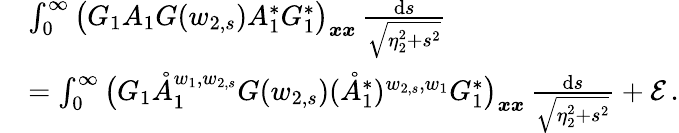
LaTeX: \begin{array}{rl}&{\int_{0}^{\infty}\big(G_{1}A_{1}G(w_{2,s})A_{1}^{*}G_{1}^{*}\big)_{\boldsymbol{x}\boldsymbol{x}}\, \frac{\mathrm{d}s}{\sqrt{\eta_{2}^{2}+s^{2}}}}\\ &{=\int_{0}^{\infty}\big(G_{1}\mathring{A}_{1}^{w_{1},w_{2,s}}G(w_{2,s})(\mathring{A}_{1}^{*})^{w_{2,s},w_{1}}G_{1}^{*}\big)_{\boldsymbol{x}\boldsymbol{x}}\, \frac{\mathrm{d}s}{\sqrt{\eta_{2}^{2}+s^{2}}}+\mathcal{E}\, .}\end{array}